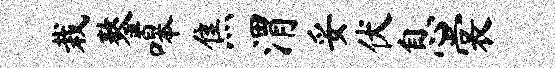
栽鏊嗥焦渭妥伏息裳